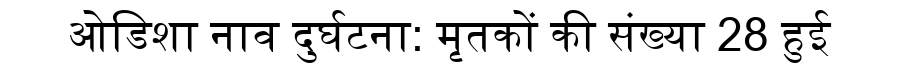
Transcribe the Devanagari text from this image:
ओडिशा नाव दुर्घटना: मृतकों की संख्या 28 हुई